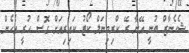
ޝެހެނާޒް ބުނީ އޭނާ ރޭ ކްރިމިނަލް ކޯޓު ކައިރިއަށް ގޮސް ހުރީ އެހެން